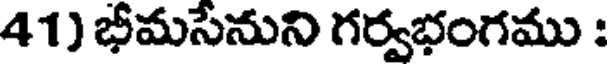
41) భీమసేనుని గర్వభంగము :